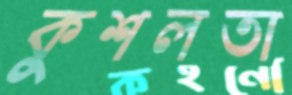
কুশলতা